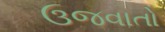
ઉજવાતો